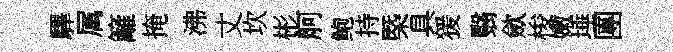
驆属籬掩沸丈坎彬舸鲍持㮣具猨翳歛梭嫩埵團